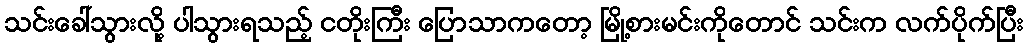
သင်းခေါ်သွားလို့ ပါသွားရသည့် ငတိုးကြီး ပြောသာကတော့ မြို့စားမင်းကိုတောင် သင်းက လက်ပိုက်ပြီး